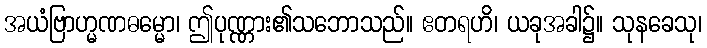
အယံဗြာဟ္မဏဓမ္မော၊ ဤပုဏ္ဏား၏သဘောသည်။ ဧတရဟိ၊ ယခုအခါ၌။ သုနခေသု၊